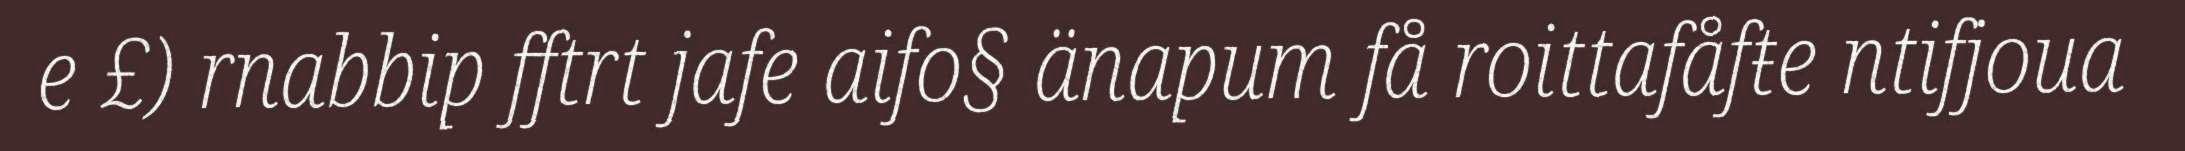
e £) rnabbip fftrt jafe aifo§ änapum få roittafåfŧe ntifjoua